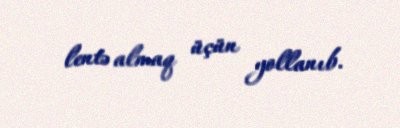
lentə almaq üçün yollanıb.